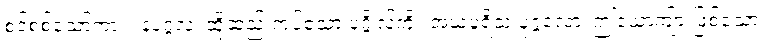
စင်စစ်သော်ကား။ နံပုဂ္ဂလံ၊ ထိုဆည်းကပ်သော ပုဂ္ဂိုလ်ကို။ အယံပူရိသ ပုဂ္ဂလော၊ ဤယောကျ်ားဖြစ်သော